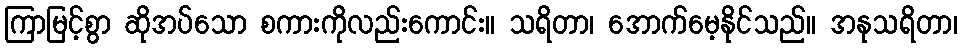
ကြာမြင့်စွာ ဆိုအပ်သော စကားကိုလည်းကောင်း။ သရိတာ၊ အောက်မေ့နိုင်သည်။ အနုသရိတာ၊